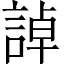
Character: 𧨳